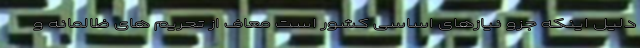
دلیل اینکه جزو نیازهای اساسی کشور است معاف از تحریم های ظالمانه و